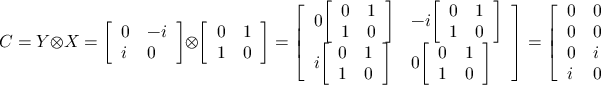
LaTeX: C = Y \otimes X = { \left[ \begin{array} { l l } { 0 } & { - i } \\ { i } & { 0 } \end{array} \right] } \otimes { \left[ \begin{array} { l l } { 0 } & { 1 } \\ { 1 } & { 0 } \end{array} \right] } = { \left[ \begin{array} { l l } { 0 { \left[ \begin{array} { l l } { 0 } & { 1 } \\ { 1 } & { 0 } \end{array} \right] } } & { - i { \left[ \begin{array} { l l } { 0 } & { 1 } \\ { 1 } & { 0 } \end{array} \right] } } \\ { i { \left[ \begin{array} { l l } { 0 } & { 1 } \\ { 1 } & { 0 } \end{array} \right] } } & { 0 { \left[ \begin{array} { l l } { 0 } & { 1 } \\ { 1 } & { 0 } \end{array} \right] } } \end{array} \right] } = { \left[ \begin{array} { l l l l } { 0 } & { 0 } & { 0 } & { - i } \\ { 0 } & { 0 } & { - i } & { 0 } \\ { 0 } & { i } & { 0 } & { 0 } \\ { i } & { 0 } & { 0 } & { 0 } \end{array} \right] }